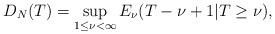
LaTeX: \begin{align*} D_{N}(T) = \sup_{1 \leq \nu < \infty} E_{\nu}(T-\nu+1|T \geq \nu), \end{align*}